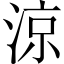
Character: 涼